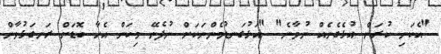
"އެކަނި ކުރަން އުޅެގެނެއް ނުވާނެ" "އަޅުގަނޑުމެންނަކަށް ނުފެނޭ މިކަން އެހާ ބޮޑަށް ރަނގަޅުވާން